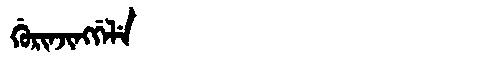
Manchu: ᡤᡠᡵᡳᠨᠵᡳᠩᡤᡝᠯᡝ
Romanization: GURINJINGGELE